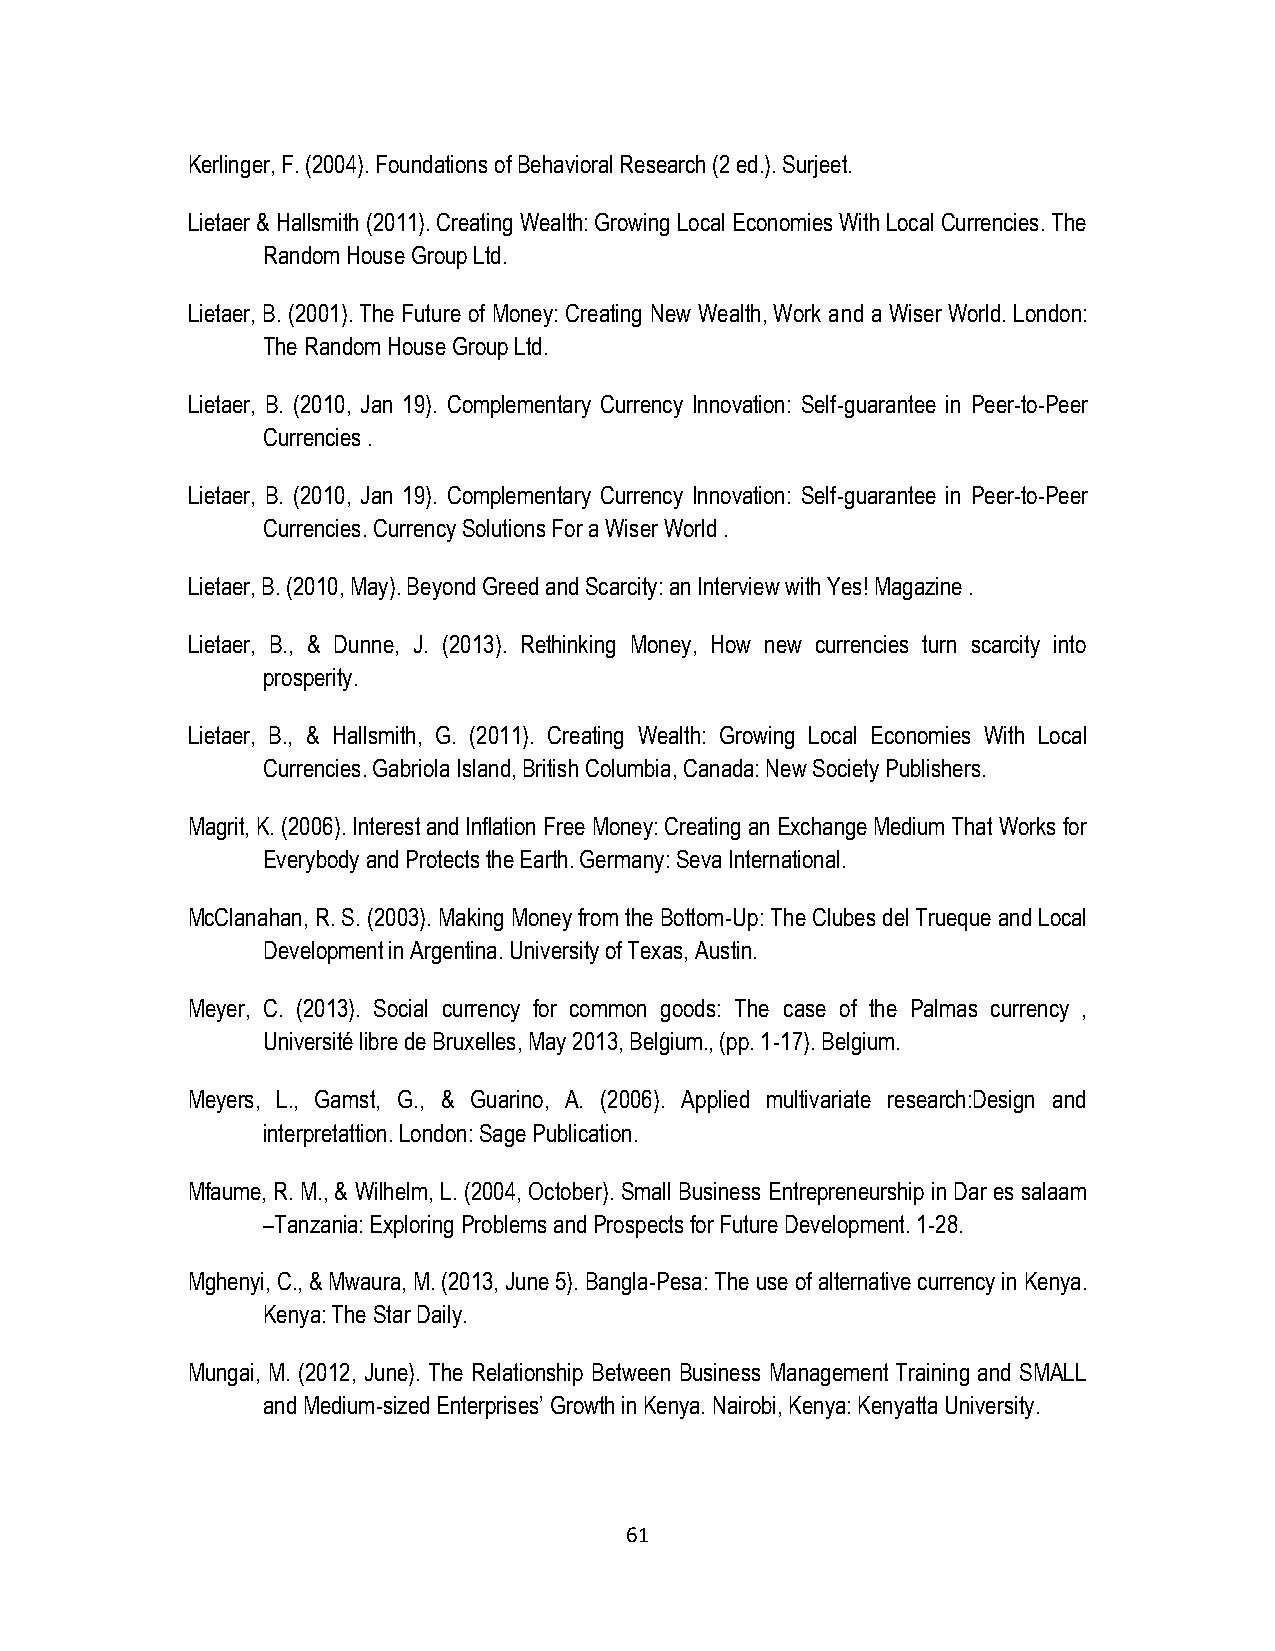
Kerlinger, F. (2004). Foundations of Behavioral Research (2 ed.). Surjeet.
 Lietaer & Hallsmith (2011). Creating Wealth: Growing Local Economies With Local Currencies. The
 Random House Group Ltd.
 Lietaer, B. (2001). The Future of Money: Creating New Wealth, Work and a Wiser World. London:
 The Random House Group Ltd.
 Lietaer, B. (2010, Jan 19). Complementary Currency Innovation: Self-guarantee in Peer-to-Peer
 Currencies .
 Lietaer, B. (2010, Jan 19). Complementary Currency Innovation: Self-guarantee in Peer-to-Peer
 Currencies. Currency Solutions For a Wiser World .
 Lietaer, B. (2010, May). Beyond Greed and Scarcity: an Interview with Yes! Magazine .
 Lietaer, B., & Dunne, J. (2013). Rethinking Money, How new currencies turn scarcity into
 prosperity.
 Lietaer, B., & Hallsmith, G. (2011). Creating Wealth: Growing Local Economies With Local
 Currencies. Gabriola Island, British Columbia, Canada: New Society Publishers.
 Magrit, K. (2006). Interest and Inflation Free Money: Creating an Exchange Medium That Works for
 Everybody and Protects the Earth. Germany: Seva International.
 McClanahan, R. S. (2003). Making Money from the Bottom-Up: The Clubes del Trueque and Local
 Development in Argentina. University of Texas, Austin.
 Meyer, C. (2013). Social currency for common goods: The case of the Palmas currency ,
 Université libre de Bruxelles, May 2013, Belgium., (pp. 1-17). Belgium.
 Meyers, L., Gamst, G., & Guarino, A. (2006). Applied multivariate research:Design and
 interpretattion. London: Sage Publication.
 Mfaume, R. M., & Wilhelm, L. (2004, October). Small Business Entrepreneurship in Dar es salaam
 –Tanzania: Exploring Problems and Prospects for Future Development. 1-28.
 Mghenyi, C., & Mwaura, M. (2013, June 5). Bangla-Pesa: The use of alternative currency in Kenya.
 Kenya: The Star Daily.
 Mungai, M. (2012, June). The Relationship Between Business Management Training and SMALL
 and Medium-sized Enterprises‟ Growth in Kenya. Nairobi, Kenya: Kenyatta University.
 61